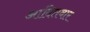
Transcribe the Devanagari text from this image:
आदितवार